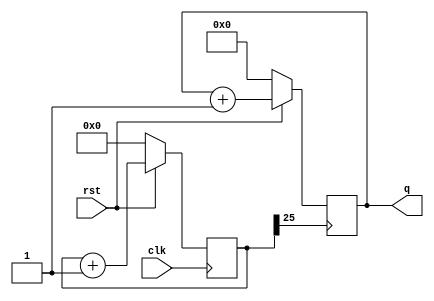
module up(clk,rst,q);
    input clk,rst;
    output reg[3:0] q;
    reg [27:0] clkdiv;
    always@(posedge clk)
        begin 
        if(~rst) clkdiv<=0;
        else
        clkdiv<=clkdiv+1;
        end
    always@(posedge clkdiv[25])
        begin
        if(!rst)
            q<=4'b0000;
        else
            q<=q+1'b1;
        end
endmodule